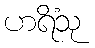
ဟရိံသု